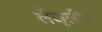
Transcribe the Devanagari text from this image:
लैजूली।